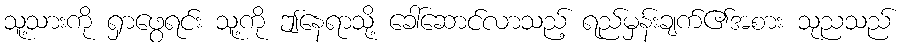
သူ့သားကို ရှာဖွေရင်း သူ့ကို ဤနေရာသို့ ခေါ်ဆောင်လာသည့် ရည်မှန်းချက်၏အစား သုညသည်